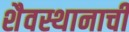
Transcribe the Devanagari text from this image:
शैवस्थानाची